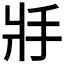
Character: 𢪇